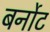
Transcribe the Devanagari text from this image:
बर्नोट